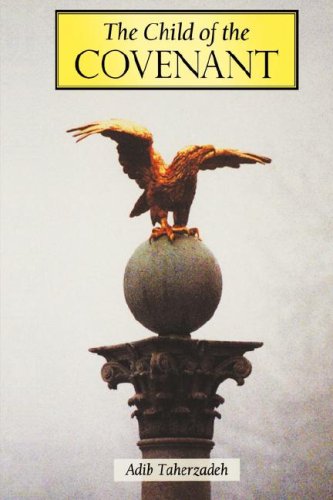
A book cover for The Child of the Covenant; Adib Taherzadeh; Religion & Spirituality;